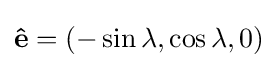
\mathbf {\hat {e}} =(-\sin \lambda ,\cos \lambda ,0)